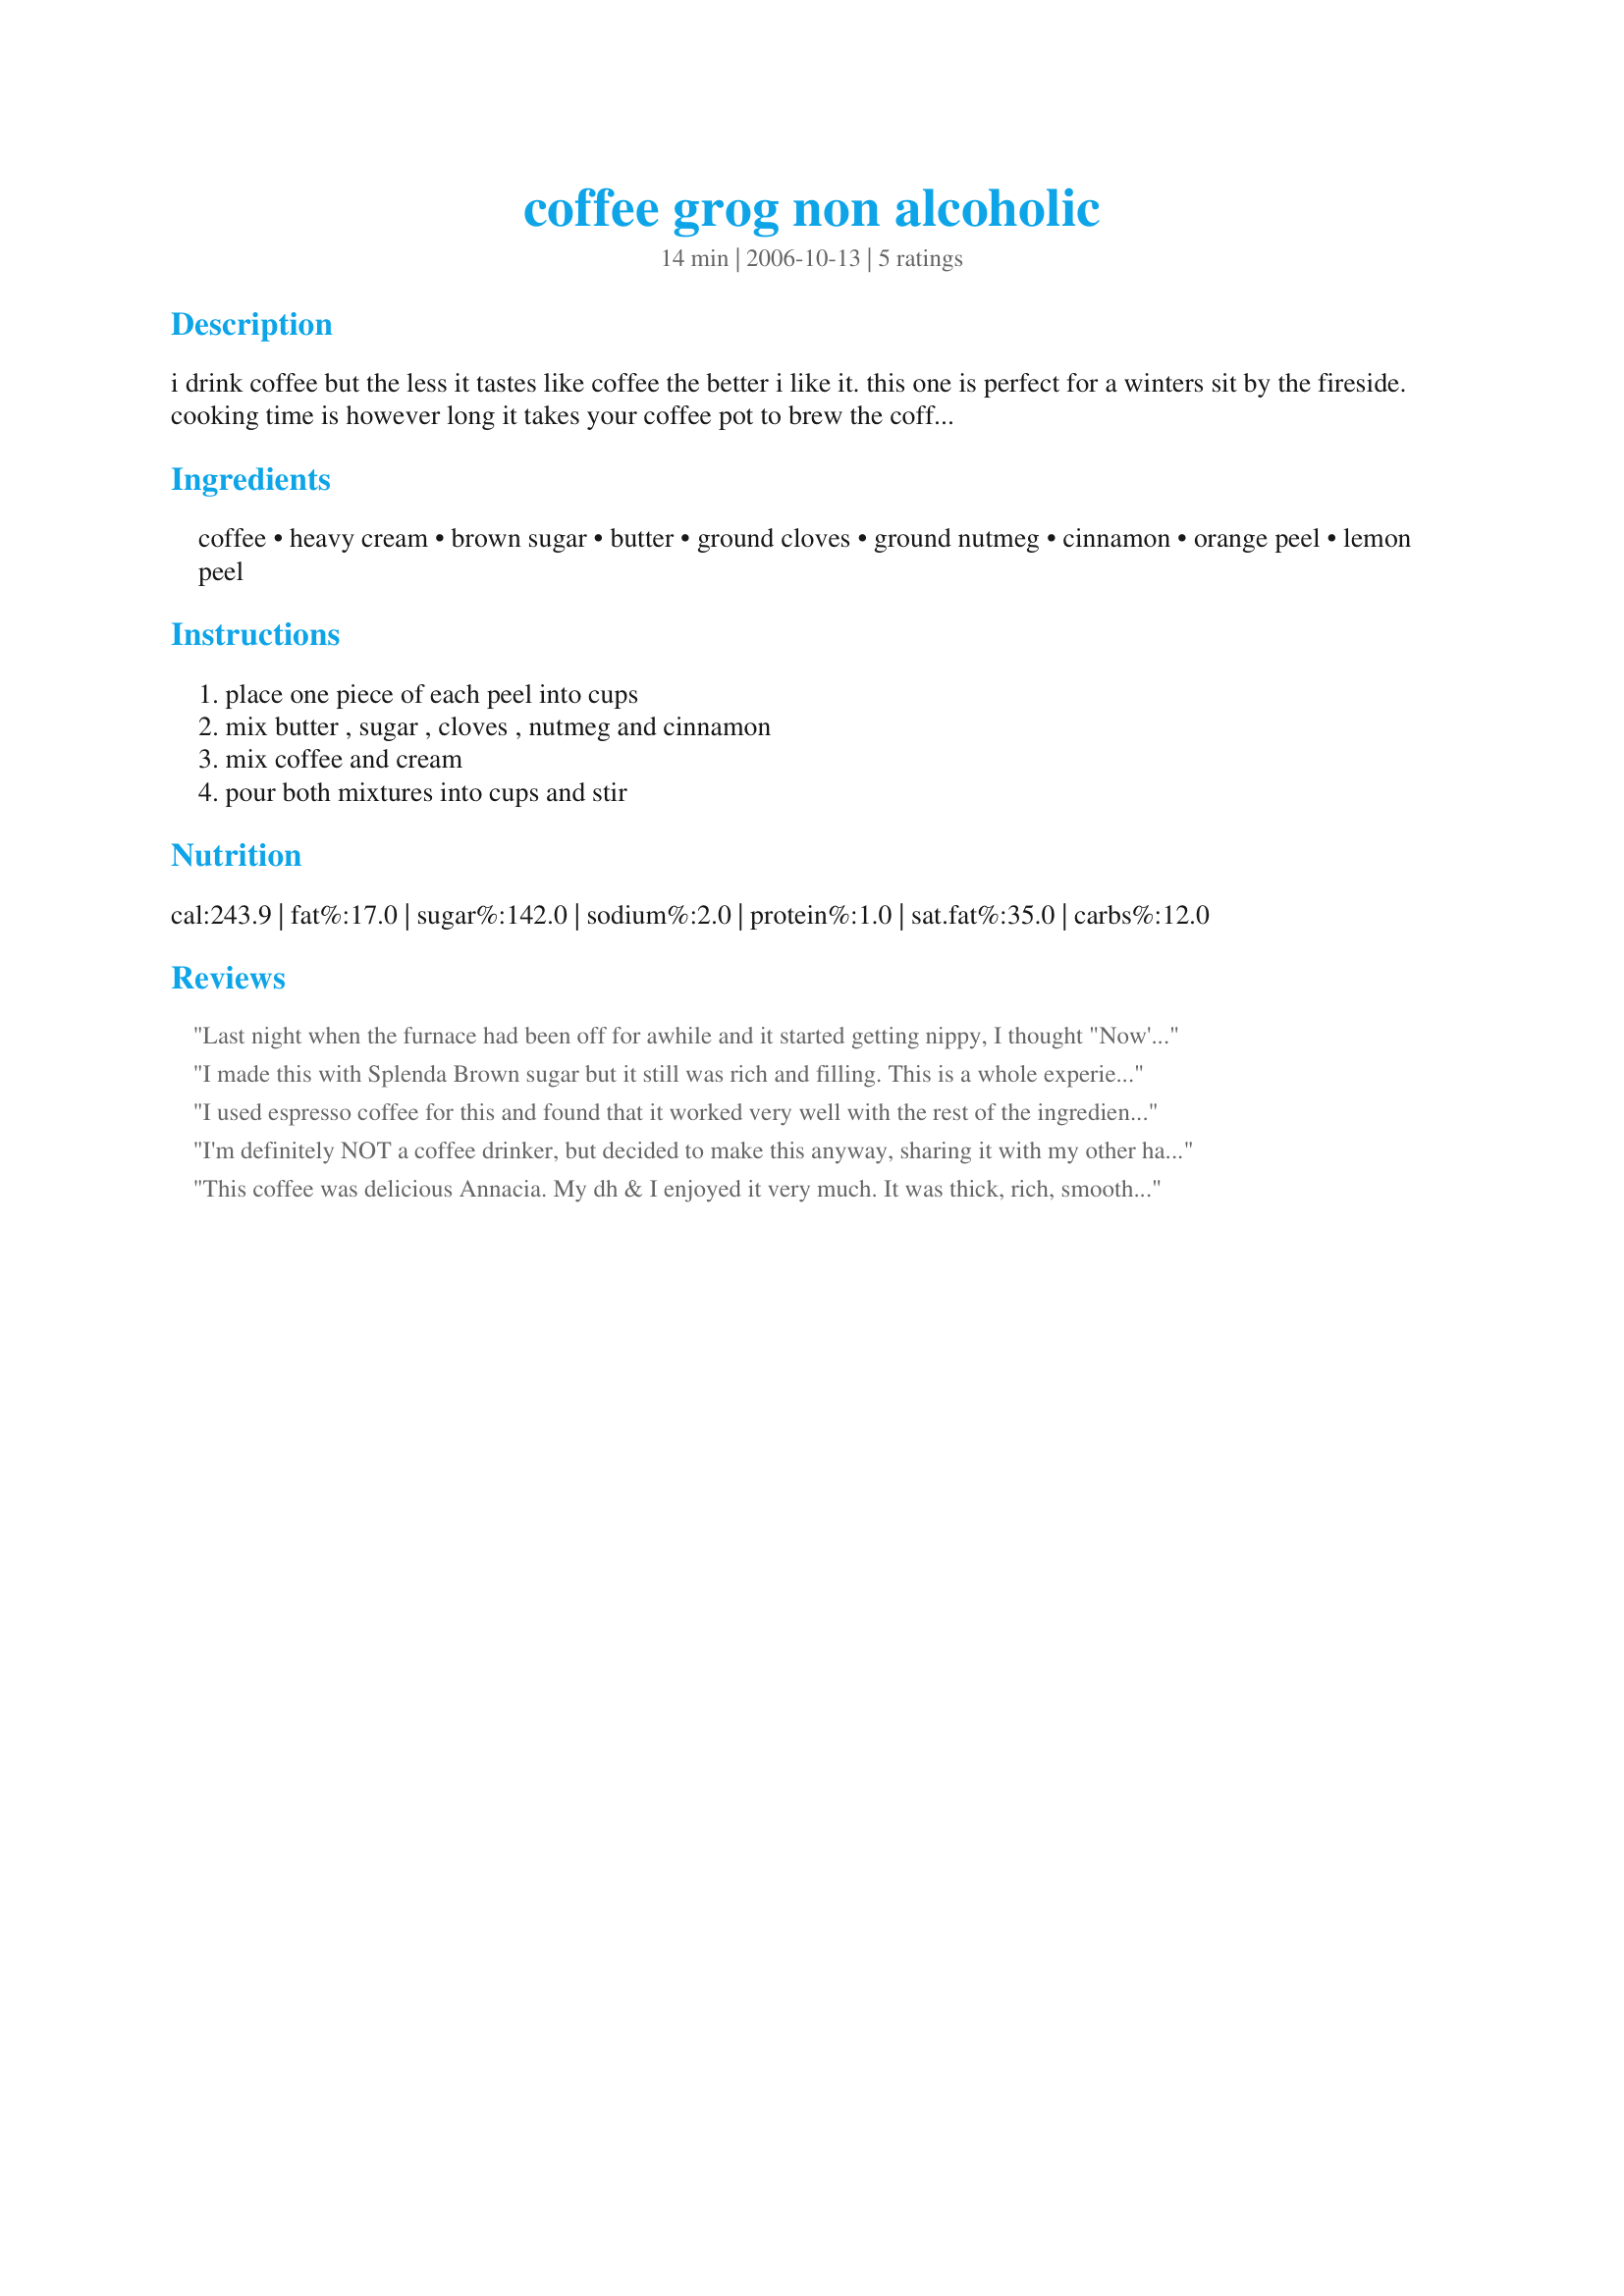
coffee grog non alcoholic
Preparation time: 14 minutes

i drink coffee but the less it tastes like coffee the better i like it. this one is perfect for a winters sit by the fireside. cooking time is however long it takes your coffee pot to brew the coffee. this is really sweet as written, feel free to alter the sugar amount to your own taste.

ps. big mugs are really called for here.

Ingredients:
coffee, heavy cream, brown sugar, butter, ground cloves, ground nutmeg, cinnamon, orange peel, lemon peel

Steps:
place one piece of each peel into cups, mix butter , sugar , cloves , nutmeg and cinnamon, mix coffee and cream, pour both mixtures into cups and stir

Reviews:
Last night when the furnace had been off for awhile and it started getting nippy, I thought "Now's the perfect time to try Annacia's coffee grog." It was perfect--I wish I had a fireside to sip it by, but even just enjoying it in my study it quite hit the spot! This one definitely constitutes dessert!
I made this with Splenda Brown sugar but it still was rich and filling. This is a whole experience. Imagine being in a big cozy sweater in front of a fire while it snows outside. That's the kind of feeling you get from this and the perfect way to enjoy the tastes. This is going to be my winter relaxing drink from now on.
I used espresso coffee for this and found that it worked very well with the rest of the ingredients. It was creamy and thick and full of flavour. I especially loved the addition of lemon and orange! It definetely warmed me up and it definetely warmed my parents, since it was cooler in the morning than it is right now.
I'm definitely NOT a coffee drinker, but decided to make this anyway, sharing it with my other half who definitely IS! Used a mild brew (the right term?) of coffee & then followed the recipe! Gotta admit that I enjoyed it, too ~ The cinnamon/nutmeg/clove & brown sugar are what did it for me! Both of us here appreciate you posting the recipe! [Tagged, made & reviewed for This Round's on ME!]
This coffee was delicious Annacia. My dh & I enjoyed it very much. It was thick, rich, smooth with a hint of citrus and spice. I especially love the flavour from the brown sugar. Thanks so much for sharing yet another wonderful coffee recipe.
